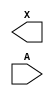
/**
 * Copyright 2020 The SkyWater PDK Authors
 *
 * Licensed under the Apache License, Version 2.0 (the "License");
 * you may not use this file except in compliance with the License.
 * You may obtain a copy of the License at
 *
 *     https://www.apache.org/licenses/LICENSE-2.0
 *
 * Unless required by applicable law or agreed to in writing, software
 * distributed under the License is distributed on an "AS IS" BASIS,
 * WITHOUT WARRANTIES OR CONDITIONS OF ANY KIND, either express or implied.
 * See the License for the specific language governing permissions and
 * limitations under the License.
 *
 * SPDX-License-Identifier: Apache-2.0
 */

`ifndef SKY130_FD_SC_HVL__LSBUFHV2LV_SIMPLE_BLACKBOX_V
`define SKY130_FD_SC_HVL__LSBUFHV2LV_SIMPLE_BLACKBOX_V

/**
 * lsbufhv2lv_simple: Level shifting buffer, High Voltage to Low
 *                    Voltage, simple (hv devices in inverters on lv
 *                    power rail).
 *
 * Verilog stub definition (black box without power pins).
 *
 * WARNING: This file is autogenerated, do not modify directly!
 */

`timescale 1ns / 1ps
`default_nettype none

(* blackbox *)
module sky130_fd_sc_hvl__lsbufhv2lv_simple (
    X,
    A
);

    output X;
    input  A;

    // Voltage supply signals
    supply1 VPWR ;
    supply0 VGND ;
    supply1 LVPWR;
    supply1 VPB  ;
    supply0 VNB  ;

endmodule

`default_nettype wire
`endif  // SKY130_FD_SC_HVL__LSBUFHV2LV_SIMPLE_BLACKBOX_V